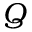
Q